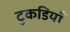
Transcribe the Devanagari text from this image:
टुकडियाँ